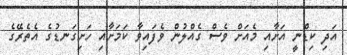
އަދި ކިޑްނީ އަށާއި މެއަށް ވެސް ގެއްލުން ވެފައިވާ ކަމަށާއި ހަށިގަނޑުގެ އެތެރޭގެ